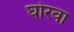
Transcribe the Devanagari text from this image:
घोरवा